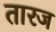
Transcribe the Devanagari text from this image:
तारज